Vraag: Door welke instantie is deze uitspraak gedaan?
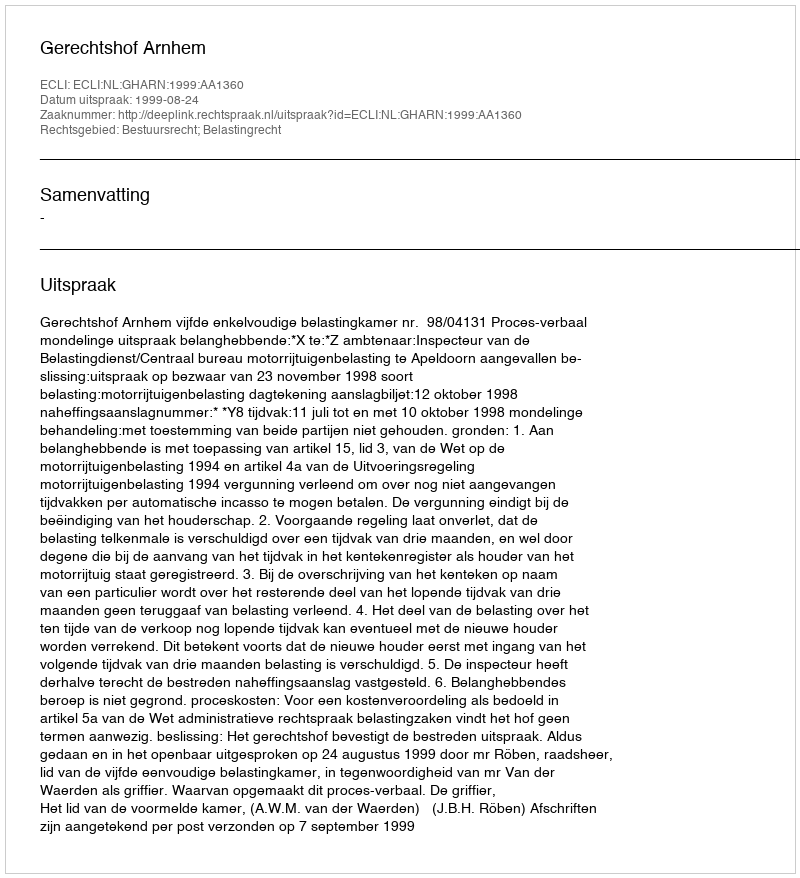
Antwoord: Gerechtshof Arnhem